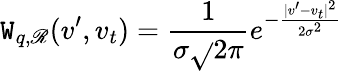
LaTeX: \mathtt{W}_{q,\mathscr{R}}(v^{\prime},v_{t})=\frac{{1}}{{\sigma\sqrt{}{{2\pi}}}}e^{-\frac{{|v^{\prime}-v_{t}|^{2}}}{{2\sigma^{2}}}}